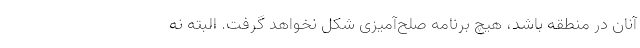
آنان در منطقه باشد، هیچ برنامه صلح‌آمیزی شکل نخواهد گرفت. البته نه